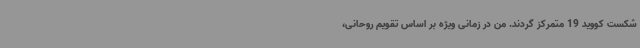
شکست کووید 19 متمرکز گردند. من در زمانی ویژه بر اساس تقویم روحانی،